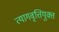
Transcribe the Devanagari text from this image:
त्यागवृत्तियुक्त